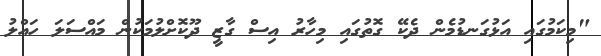
"މިކަމުގައި އަޅުގަނޑުމެން ދެކޭ ގޮތުގައި މިހާރު އިސް ގާޒީ ދޫކޮށްލުމަކުން މައްސަލަ ހައްލު